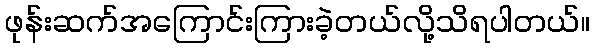
ဖုန်းဆက်အကြောင်းကြားခဲ့တယ်လို့သိရပါတယ်။